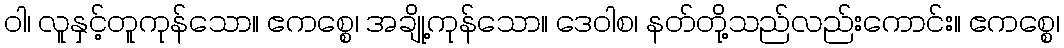
ဝါ၊ လူနှင့်တူကုန်သော။ ဧကစ္စေ၊ အချို့ကုန်သော။ ဒေဝါစ၊ နတ်တို့သည်လည်းကောင်း။ ဧကစ္စေ၊